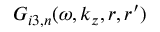
G _ { i 3 , n } ( \omega , k _ { z } , r , r ^ { \prime } )